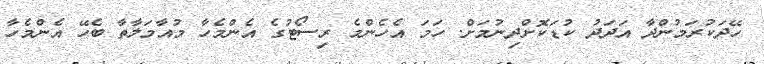
ހޭދަކުރަމުންދާ އަދަދު ކުޑަކޮށްދިނުމަށް. ހަމަ އެހެންމެ ރިސޯޓުގެ އެންމެހާ މުއާމަލާތާ ބެހޭ އެންމެހާ